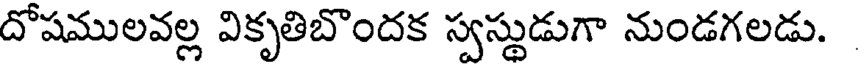
దోషములవల్ల వికృతిబొందక స్వస్థుడుగా నుండగలడు.